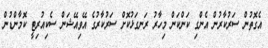
އެގޮތުން ސަރުކާރުން އެންގި ކަންކަން މިހާރު ރަނގަޅުކޮށް ސަރުކާރުގެ އޭވިއޭޝަން ސެކިއުރިޓީ ކޮމާންޑުން